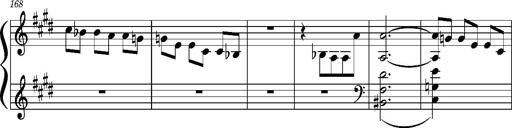
Title: Concerto sans orchestre, S.524a
Composer: Franz Liszt
Key: A major